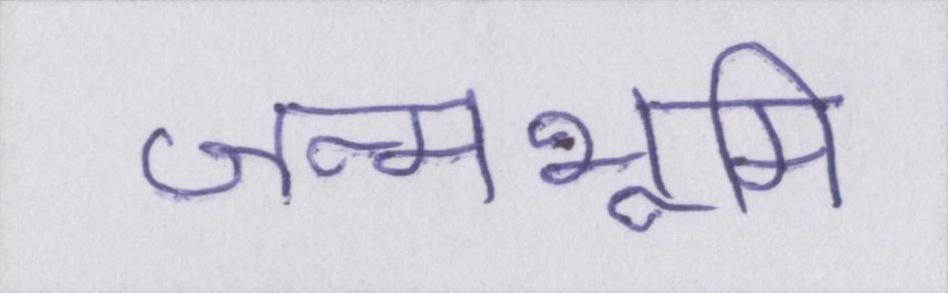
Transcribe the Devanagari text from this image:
जन्मभूमि